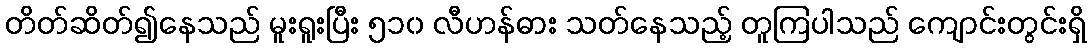
တိတ်ဆိတ်၍နေသည် မူးရူးပြီး ၅၁၀ လီဟန်ဓား သတ်နေသည့် တူကြပါသည် ကျောင်းတွင်းရှိ